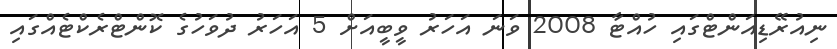
ނިއުރޭޑިއަންޓްގައި ހުއްޓާ 2008 ވަނަ އަހަރު ވީބީއަށް 5 އަހަރު ދުވަހުގެ ކޮންޓްރެކްޓެއްގައި